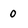
Character: 0